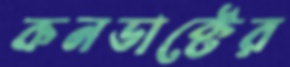
কনডাক্টের